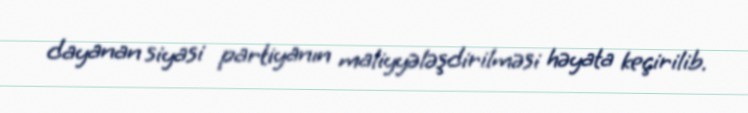
dayanan siyasi partiyanın maliyyələşdirilməsi həyata keçirilib.